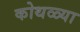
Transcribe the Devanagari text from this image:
कोथळ्या